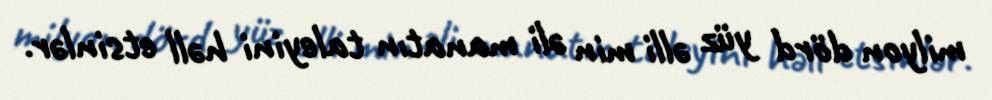
milyon dörd yüz əlli min əli manatın taleyini həll etsinlər.